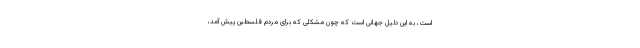
است، به این دلیل جهانی است که چون مشکلی که برای مردم فلسطین پیش آمد،